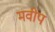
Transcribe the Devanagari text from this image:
मवीप